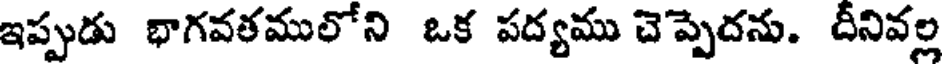
ఇప్పుడు భాగవతములోని ఒక పద్యము చెప్పెదను. దీనివల్ల